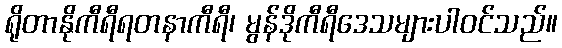
ရိုတာနိုကီရီရတနာကီရီ၊ မွန်ဒိုကီရီဒေသများပါဝင်သည်။